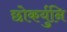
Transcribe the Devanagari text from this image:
छोकर्युनि